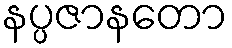
နပ္ပဇာနတော